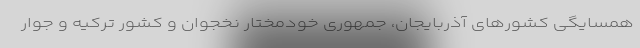
همسایگی کشورهای آذربایجان، جمهوری خودمختار نخجوان و کشور ترکیه و جوار